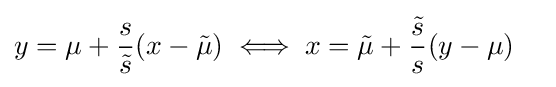
{\begin{aligned}y&=\mu +{\frac {s}{\tilde {s}}}(x-{\tilde {\mu }})\iff x={\tilde {\mu }}+{\frac {\tilde {s}}{s}}(y-\mu )\end{aligned}}